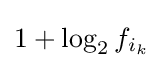
1+\log _{2}f_{i_{k}}